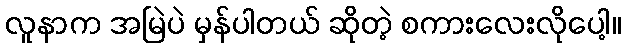
လူနာက အမြဲပဲ မှန်ပါတယ် ဆိုတဲ့ စကားလေးလိုပေါ့။